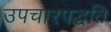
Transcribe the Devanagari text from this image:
उपचारपद्धति